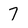
Character: 7